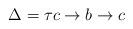
LaTeX: \begin{align*} \Delta = \tau c \rightarrow b \rightarrow c\end{align*}